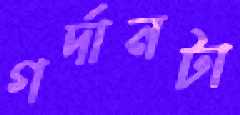
গর্দানটা